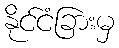
နိုင်ငံခြားမှ